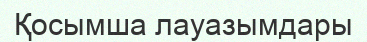
Қосымша лауазымдары